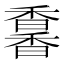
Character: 𩡌